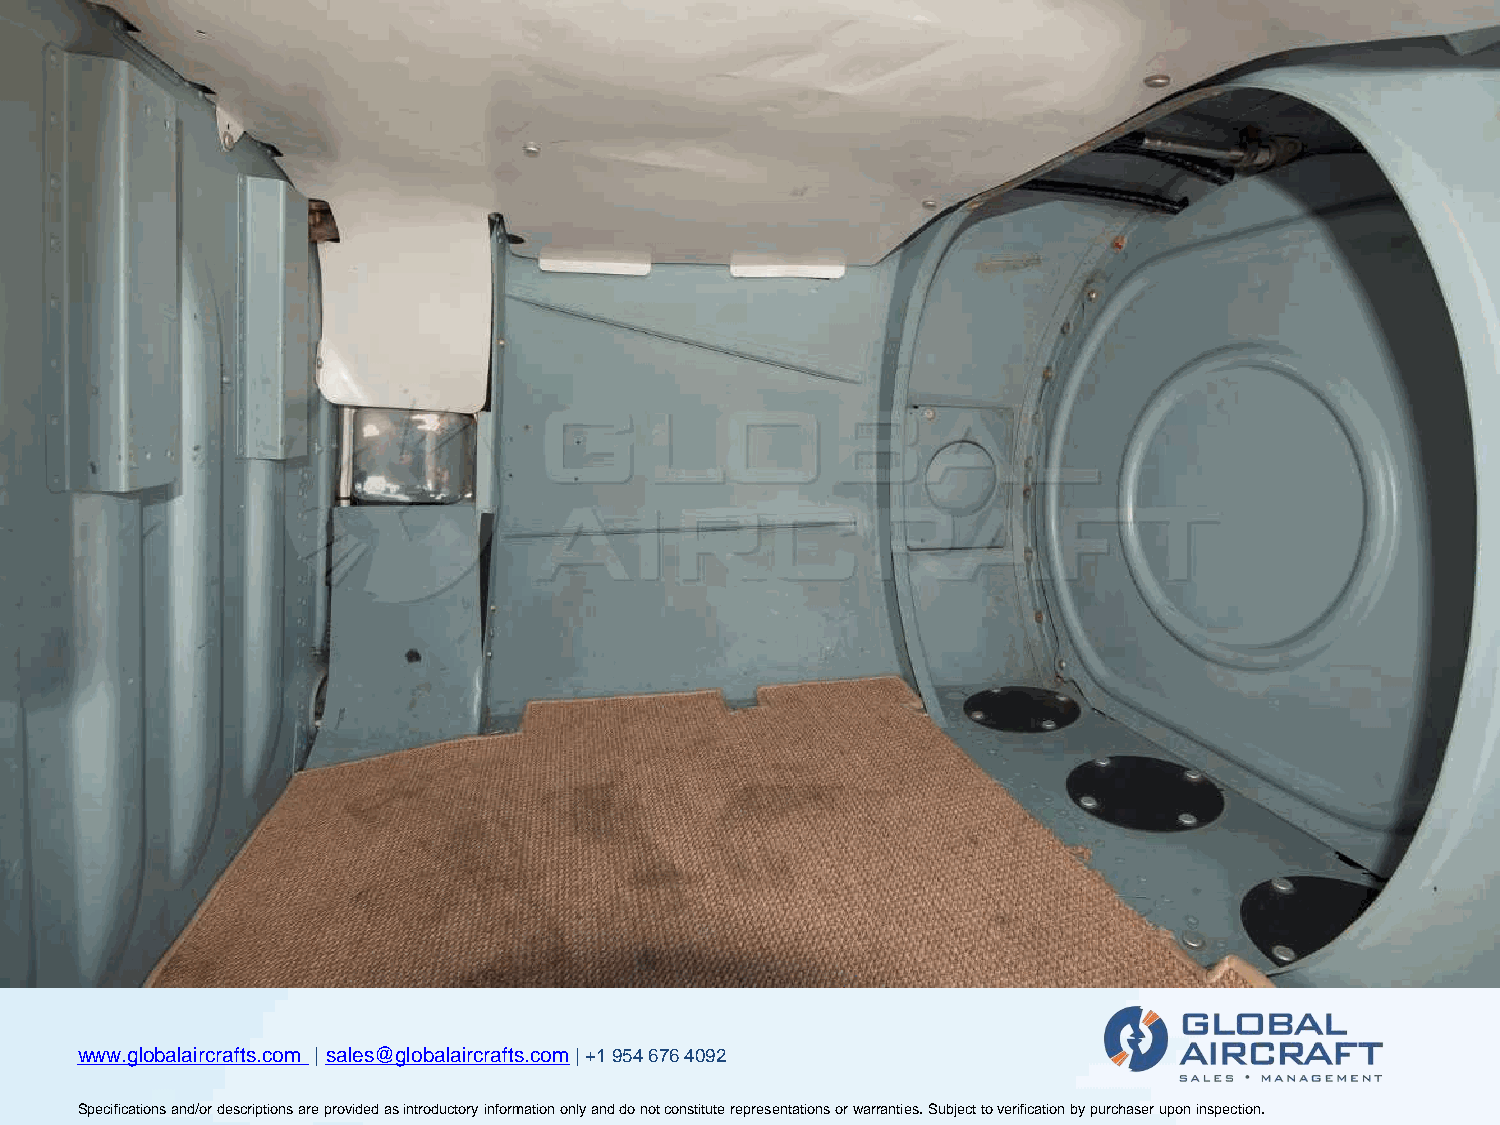
wwwwwwwww...ggglllooobbbaaalllaaaiiirrrcccrrraaaffftttsss...cccooommm ||| sssaaallleeesss@@@ggglllooobbbaaalllaaaiiirrrcccrrraaaffftttsss...cccooommm||| +++111 999555444 666777666 444000999222
 SSSpppeeeccciiifffiiicccaaatttiiiooonnnsss aaannnddd///ooorrr dddeeessscccrrriiippptttiiiooonnnsss aaarrreee ppprrrooovvviiidddeeeddd aaasss iiinnntttrrroooddduuuccctttooorrryyy iiinnnfffooorrrmmmaaatttiiiooonnn ooonnnlllyyy aaannnddd dddooo nnnooottt cccooonnnssstttiiitttuuuttteee rrreeeppprrreeessseeennntttaaatttiiiooonnnsss ooorrr wwwaaarrrrrraaannntttiiieeesss... SSSuuubbbjjjeeecccttt tttooo vvveeerrriiifffiiicccaaatttiiiooonnn bbbyyy pppuuurrrccchhhaaassseeerrr uuupppooonnn iiinnnssspppeeeccctttiiiooonnn...